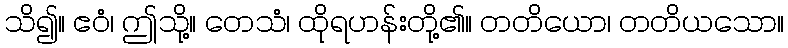
သိ၍။ ဧဝံ၊ ဤသို့။ တေသံ၊ ထိုရဟန်းတို့၏။ တတိယော၊ တတိယသော။